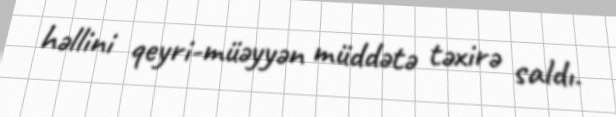
həllini qeyri-müəyyən müddətə təxirə saldı.